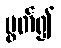
ပွတ်၍